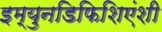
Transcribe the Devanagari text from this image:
इम्युनडिफिशिएंशी